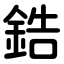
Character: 鋯